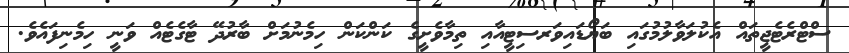
ސްޓްރެޓެޖީތައް އެކުލަވާލުމުގައި ބަޔޯޑައިވަރސިޓީއާއި ތިމާވެށީގެ ކަންކަން ހިމެނުމަށް ބާރުދޭ ޓާގެޓެއް ވަނީ ހިމެނިފައެވެ.